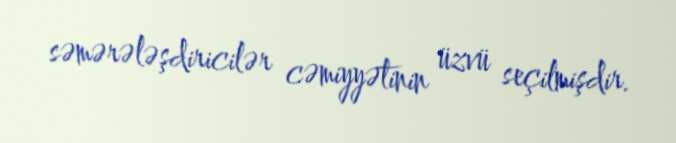
səmərələşdiricilər cəmiyyətinin üzvü seçilmişdir.